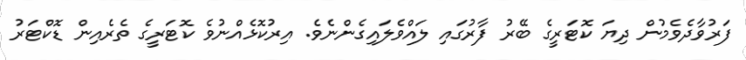
ފަރުވާދެވެމުން ދިޔަ ކޮޓަރީގެ ބޭރު ފާރުގައި ލައްވެލައިގެންނެވެ. އިރުކޮޅެއްނުވެ ކޮޓަރީގެ ތެރެއިން ޑޮކްޓަރު